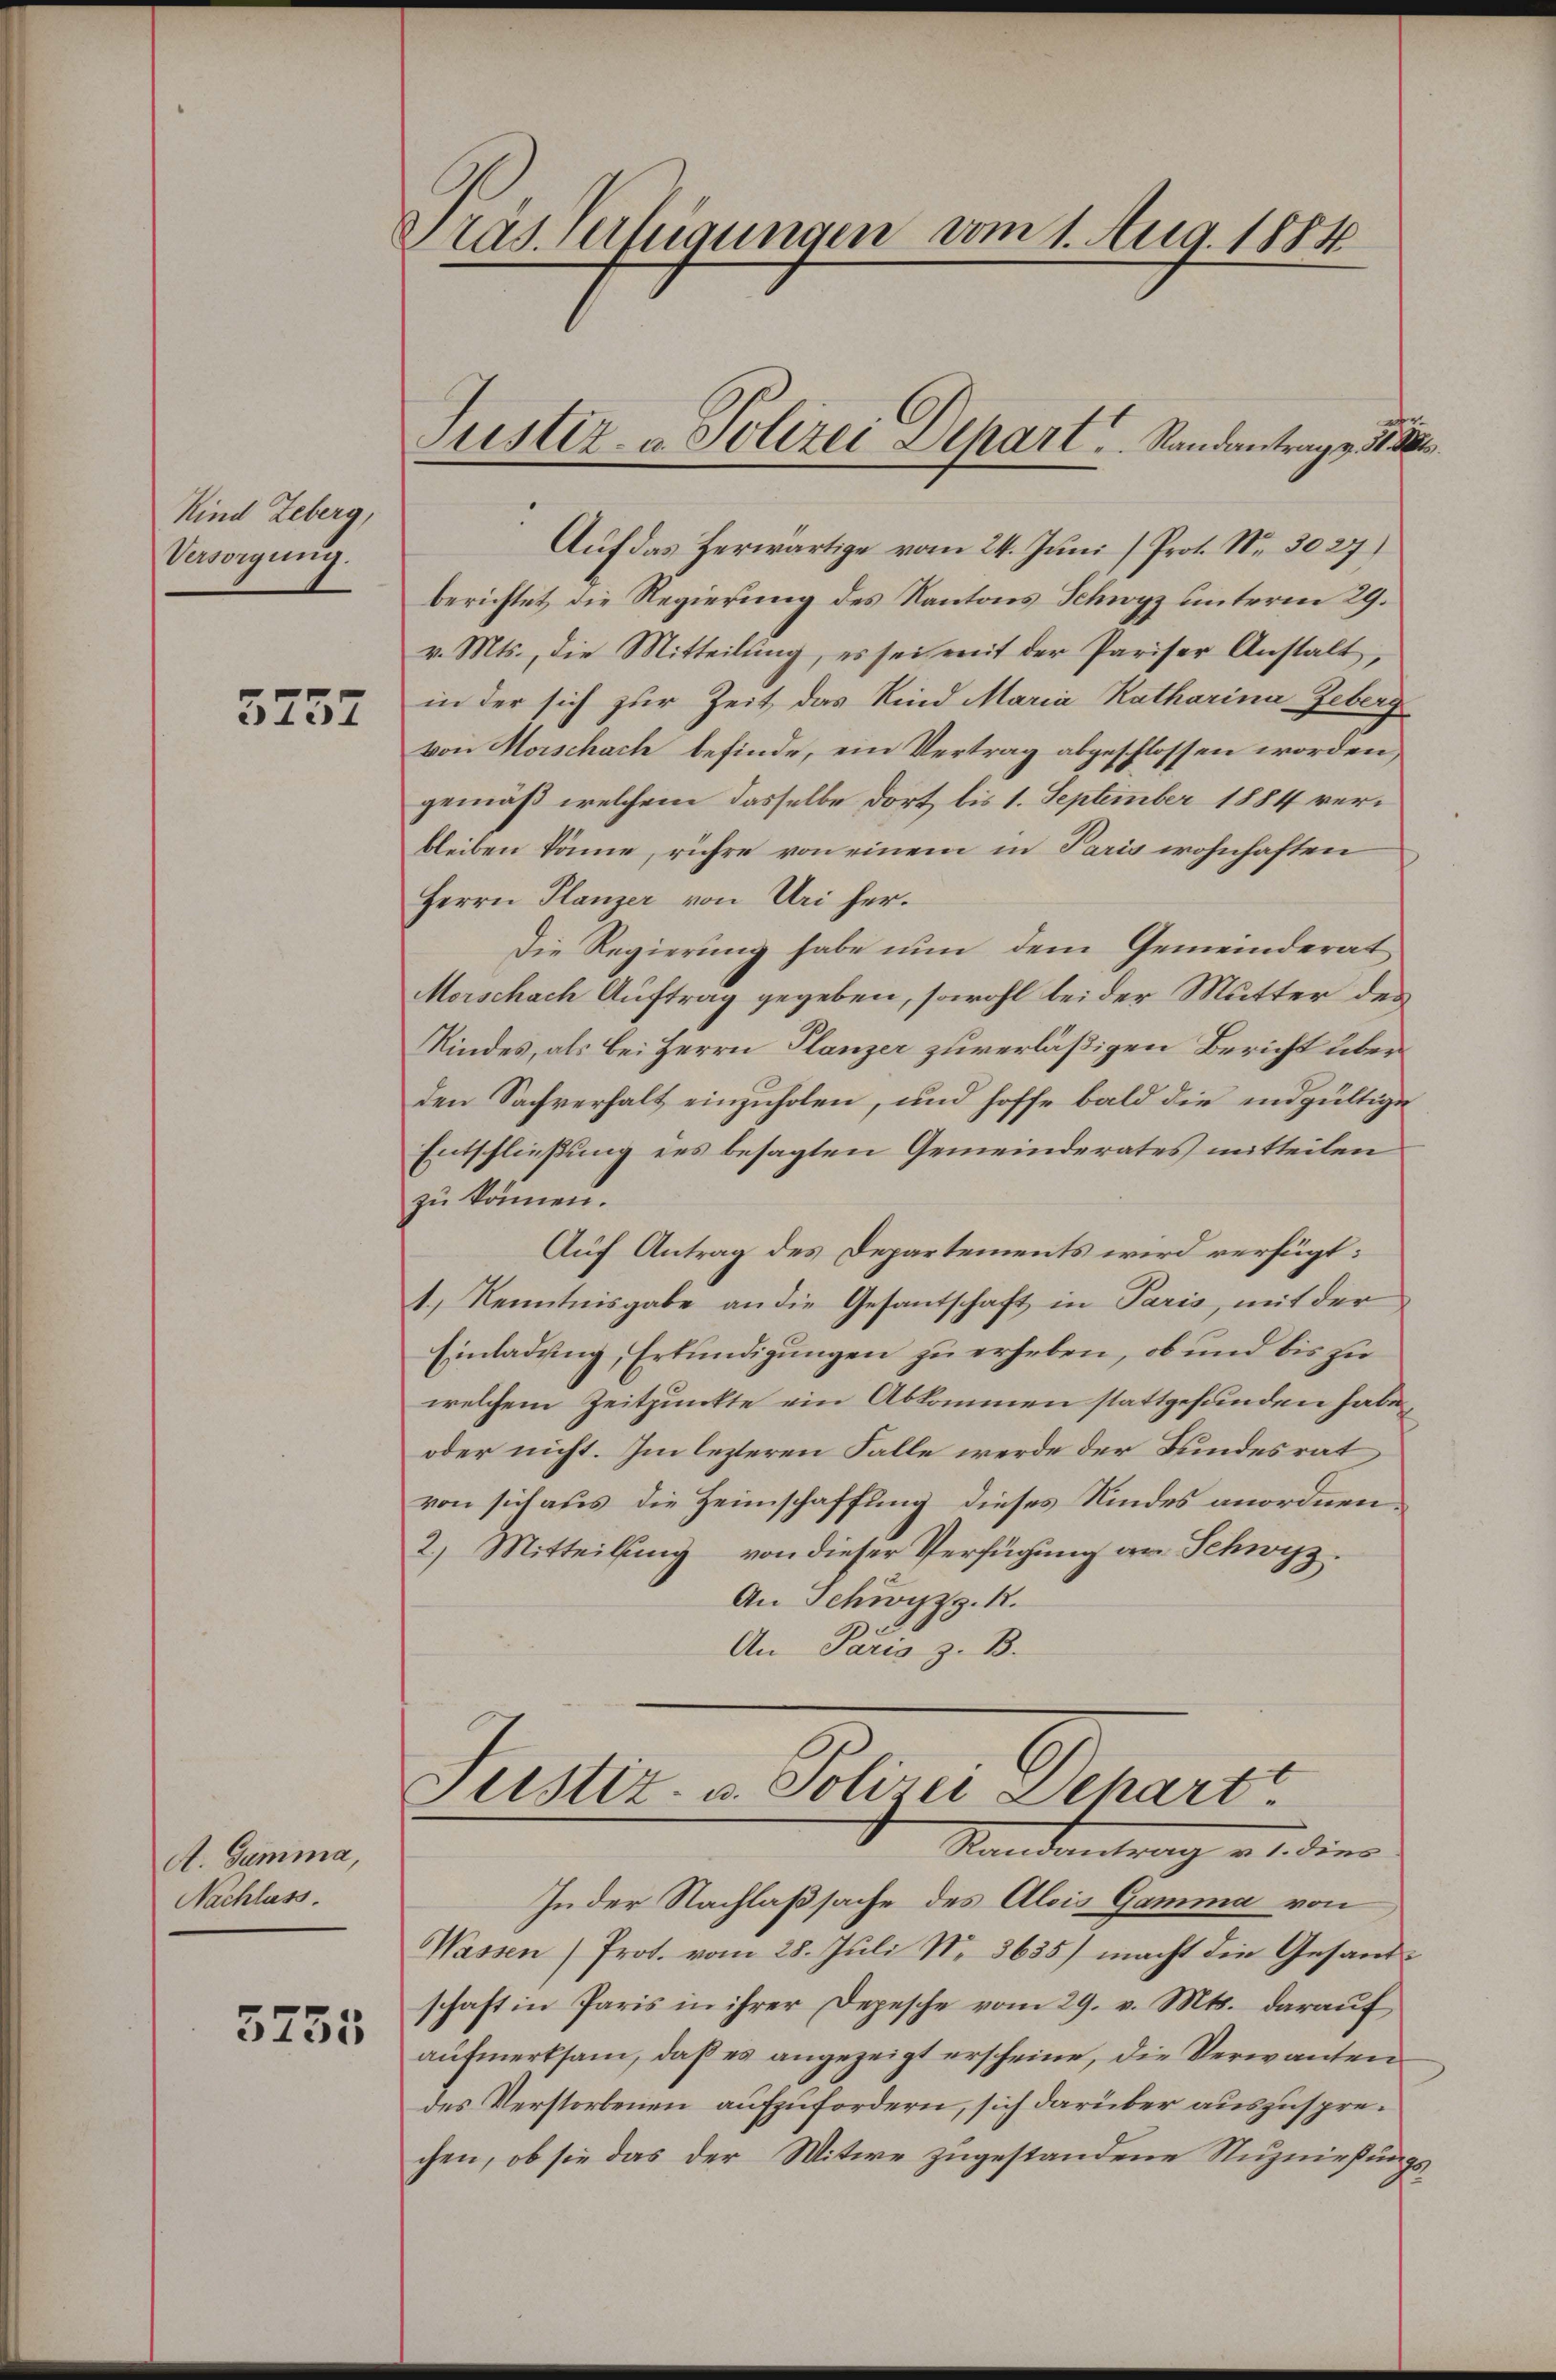
Kind Leberg,
Versorgung.

5757

A. Gamma,
Nachlass.

5755

Präs. Verfügungen vom 1. Aug. 1884

Justiz- & Polizei Depart. Standantrage d. M.

Auf das Herwärtige vom 24. Juni (Prot. Nr. 3027)
berichtet die Regierung des Kantons Schwyz unterm 29.
v. Mts., die Mitteilung, es sei mit der Pariser Anstalt,
in der sich zur Zeit das Kind Maria Katharina Geberg
von Horschach befinde, ein Vertrag abgeschlossen worden
gemäß welchem dasselbe dort bis 1. September 1884 verbleiben könne, rühre von einem in Paris wohnhaften
Herrn Planzer von Uri her¬
Die Regierung habe nun dem Gemeinderat
Merschach Auftrag gegeben, sowohl bei der Mutter des
Kindes, als bei Herrn Planzer zuverläßigen Bericht über
den Sachverhalt einzuholen, und hoffe bald die endgültige
Entschließung des besagten Gemeinderates mitteilen
zu können.
Auf Antrag des Departements wird verfügt:
1.) Kenntnisgabe an die Gesantschaft in Paris, mit der
Einladung, Erkundigungen zu erheben, ob und bis zu
welchem Zeitpunkte ein Abkommen stattgefunden habe,
oder nicht. Im lezteren Falle werde der Bundesrat
von sich aus die Heimschaffung dieses Kindes anordnen.
2) Mitteilung von dieser Verfügung an Schwyz.
An Schwyz. R.
An Paris z. B.

Justiz- u. Solizei Dehartt
Standentrag u. dies

In der Nachlaßsache des Alois Gamma von
Wassen (Prot. vom 28. Juli N. 3635) macht die Gesandschaft in Paris in ihrer Depesche vom 29. v. Mts. darauf
aufmerksam, daß es angezeigt erscheine, die Verwantendes Verstorbenen aufzufordern, sich darüber auszusprechen, ob sie das der Witwe zugestandene Nuznießungs¬